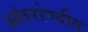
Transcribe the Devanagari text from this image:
आंतररेण्वीय